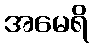
အမေရိ